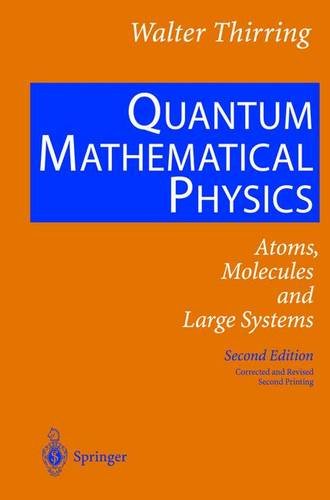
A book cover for Quantum Mathematical Physics; Walter Thirring; Science & Math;